Vital statistics of India. Vol. V, Reports of 1876 on armies & jails and on epidemic cholera
Year: 1876
Disease focus: Cholera
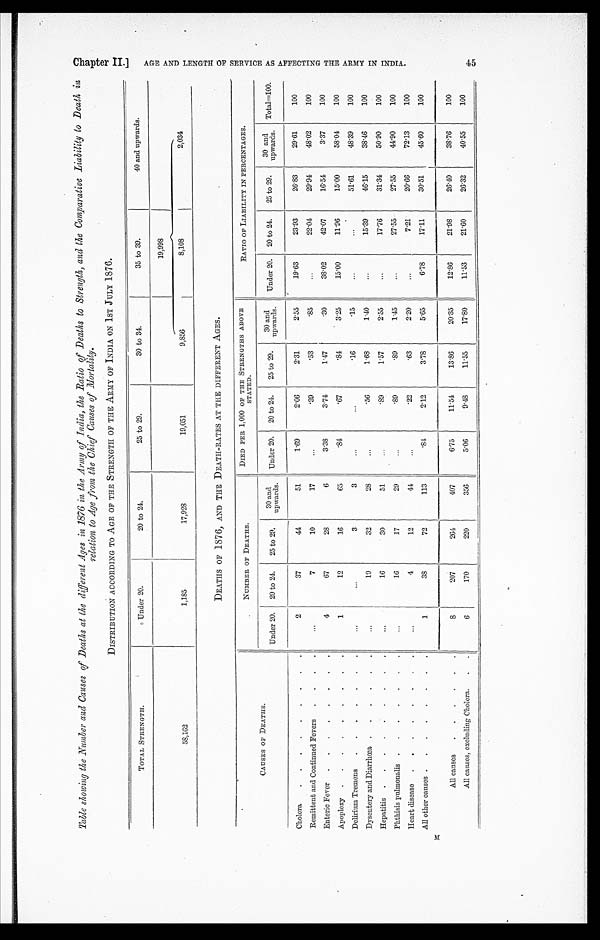
M
Table showing the Number and Causes of Deaths at the different Ages in 1876 in the Army of India, the Ratio of Deaths to Strength, and the Comparative Liability to Death in.
relation to Age from the Chief Causes of Mortality.
DISTRIBUTION ACCORDING TO AGE OF THE STRENGTH OF THE ARMY OF INDIA ON 1ST JULY 1876.
TOTAL STRENGTH.
Under 20.
20 to 24.
25 to 29.
30 to 34.
35 to 39.
40 and upwards.
58,162
1,185
17,923
19,051
19,998
9,856
8,108
2,034
DEATHS OF 1876, AND THE DEATH-RATES AT THE DIFFERENT AGES.
CAUSES OF DEATHS.
NUMBER OF DEATHS.
DIED PER 1,000 OF THE STRENGTHS ABOVE
STATED.
RATIO OF LIABILITY IN PERCENTAGES.
Under 20.
20 to 24.
25 to 29.
3 0 a n d
upwards.
Under 20.
20 to 24.
25 to 29.
30 and
upwards.
Under 20.
20 to 24.
25 to 29.
30 and
upwards.
Total=100.
Cholera . . .
2
37
44
51
1.69
2.06
2.31
2.55
19.63
23.93
26.83
29.61
100
Remittent and Continued Fevers . . .
. . .
7
10
17
. . .
.39
.53
.85
. . .
22.04
29.94
48.02
100
Enteric Fever . . .
4
67
28
6
3.38
3.74
1.47
.30
38.02
42.07
16.54
3.37
100
Apoplexy . . .
1
12
16
65
.84
.67
.84
3.25
15.00
11.96
15.00
58.04
100
Delirium Tremens . . .
. . .
. . .
3
3
. . .
. . .
.16
.15
. . .
. . .
51.61
48.39
100
Dysentery and Diarrhœa . . .
. . .
10
32
28
. . .
.56
1.68
1.40
. . .
15.39
46.15
38.46
100
Hepatitis . . .
. . .
16
30
51
. . .
.89
1.57
2.55
. . .
17.76
31.34
50.90
100
Phthisis pulmonalis . . .
. . .
16
17
29
. . .
.89
.89
1.45
. . .
27.55
27.55
44.90
100
Heart disease . . .
. . .
4
12
44
. . .
.22
.63
2.20
. . .
7.21
20.66
72.13
100
All other causes . . .
1
38
72
113
.84
2.12
3.78
5.65
6.78
17.11
30.51
45.60
100
All causes . . .
8
207
264
407
6.75
11.54
13.86
20.35
12.86
21.98
26.40
38.76
100
All causes, excluding Cholera . . .
6
170
220
356
5.06
9.48
11.55
17.80
11.53
21.60
26.32
40.55
100
C h a p t e r I I . ] A G E A N D L E N G T H O F S E R V I C E A S A F F E C T I N G T H E A R M Y I N I N D I A .
45